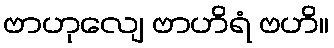
ဗာဟုလျေ ဗာဟိရံ ဗဟိ။